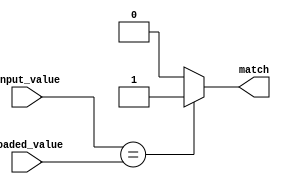
module Comparator11 (
  input [10:0] input_value,
  input [10:0] loaded_value,
  output reg match
);
  always @(input_value, loaded_value) begin
    if (input_value == loaded_value) begin
      match = 1;  // Output high if input matches loaded value
    end else begin
      match = 0;  // Output low otherwise
    end
  end
endmodule

module Comparator10 (
  input [9:0] input_value,
  input [9:0] loaded_value,
  output reg match
);
  always @(input_value, loaded_value) begin
    if (input_value == loaded_value) begin
      match = 1;  // Output high if input matches loaded value
    end else begin
      match = 0;  // Output low otherwise
    end
  end
endmodule